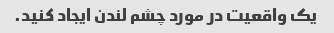
یک واقعیت در مورد چشم لندن ایجاد کنید.